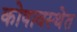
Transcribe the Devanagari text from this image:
कोषावस्थेत